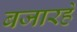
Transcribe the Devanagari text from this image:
बजारहे